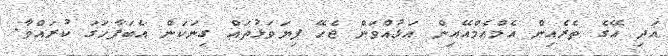
އަދި އޭގެ ތެރެއިން އެމްއެމްއޭއިން އަޅުއްވަން ޖެހޭ ފިޔަވަޅުތައް ގިނަކަން އެބަފާހަގަ ކުރައްވާ.